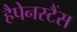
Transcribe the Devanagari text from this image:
हैपेनस्टैंस